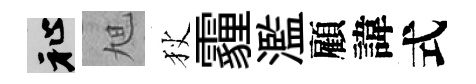
祉旭狄霾濫顧諱式